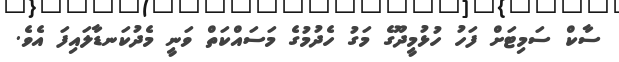
ސާކް ސަމިޓަށް ފަހު ހުޅުމީދޫގެ މަގު ހެދުމުގެ މަސައްކަތް ވަނީ މެދުކަނޑާލައިފަ އެވެ.